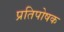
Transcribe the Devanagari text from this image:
प्रतिपोषक